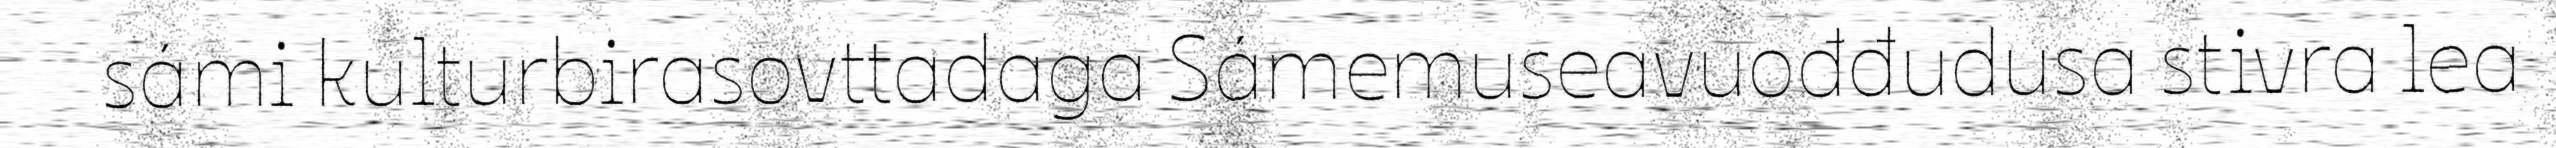
sámi kulturbirasovttadaga Sámemuseavuođđudusa stivra lea